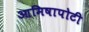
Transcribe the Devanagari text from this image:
आमिषापोटी